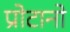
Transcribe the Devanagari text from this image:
प्रोटानो